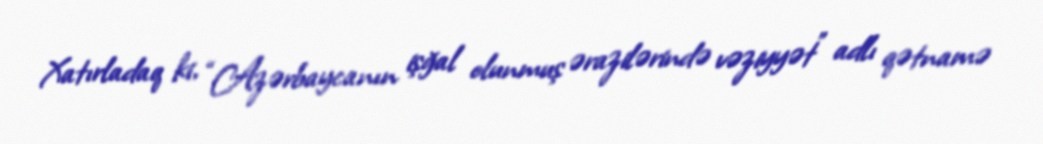
Xatırladaq ki, “Azərbaycanın işğal olunmuş ərazilərində vəziyyət” adlı qətnamə